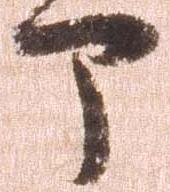
部